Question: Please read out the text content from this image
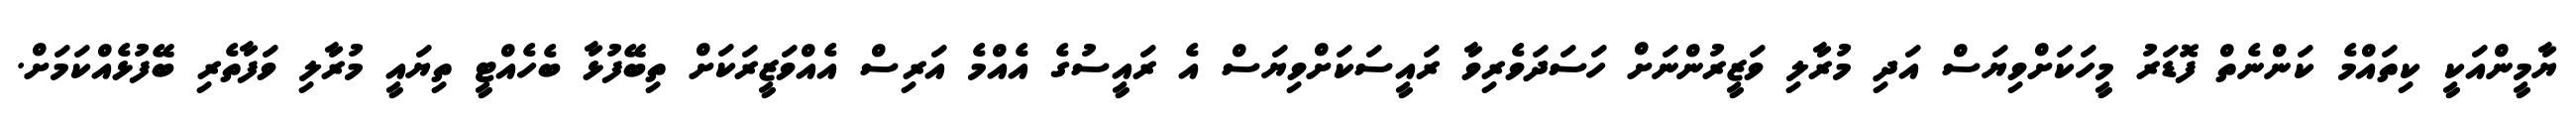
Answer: ޔާމީންއަކީ ކިތައްމެ ކަންނެތް ފޮޑަރު މީހަކަށްވިޔަސް އަދި މުރާލި ވަޒީރުންނަށް ހަސަދަވެރިވާ ރައީސަކަށްވިޔަސް އެ ރައީސުގެ އެއްމެ އަރިސް އެއްވަޒީރަކަށް ތިބޭފުޅާ ބެހެއްޓީ ތިޔައީ މުރާލި ވަފާތެރި ބޭފުޅެއްކަމަށް.